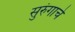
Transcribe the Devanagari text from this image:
सुरुंगाचे